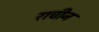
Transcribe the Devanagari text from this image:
राचीन